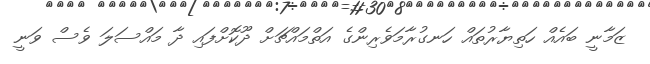
ޒަމާނީ ބައެއް ހަތިޔާރުތައް ހަނގުރާމަވެރިންގެ އަތްމައްޗަށް ދޫކޮށްފައި ދާ މައްސަލަ ވެސް ވަނީ